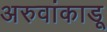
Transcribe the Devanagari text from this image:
अरुवांकाडू